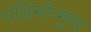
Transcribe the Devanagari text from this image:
पश्चिमोन्मुख